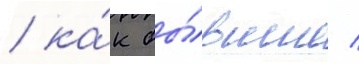
/ ка́к бы́вшие /